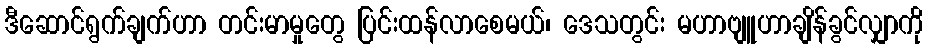
ဒီဆောင်ရွက်ချက်ဟာ တင်းမာမှုတွေ ပြင်းထန်လာစေမယ်၊ ဒေသတွင်း မဟာဗျူဟာချိန်ခွင်လျှာကို